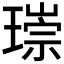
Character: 𤨲